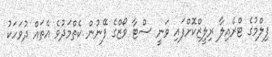
ފިލްމުގެ ޓްރެއިލާ ރިލީޒްކޮށްފައި ވަނީ ސްޓާ ވޯޒްގެ ފޭނުން ކެތްމަދުވެ އެތައް ދުވަހަކު